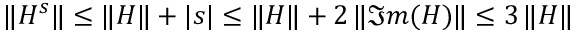
\| H ^ { s } \| \leq \| H \| + | s | \leq \| H \| + 2 \, \| \Im m ( H ) \| \leq 3 \, \| H \|